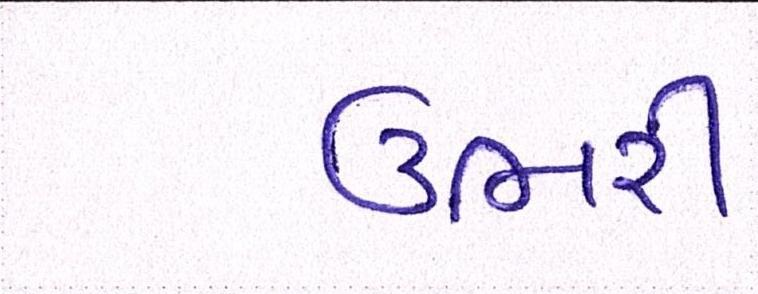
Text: ઉભરી